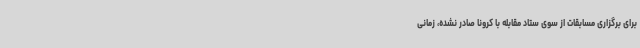
برای برگزاری مسابقات از سوی ستاد مقابله با کرونا صادر نشده، زمانی